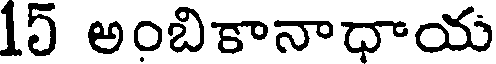
15 అంబికానాధాయ